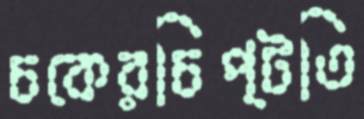
চকেরচিপ্‌টতি